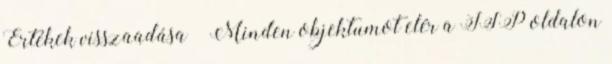
Értékek visszaadása  Minden objektumot elér a JSP oldalon